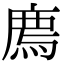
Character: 廌